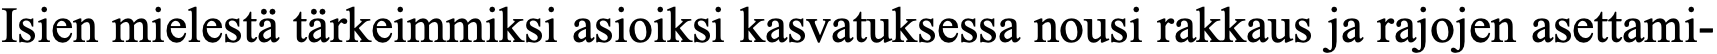
Isien mielestä tärkeimmiksi asioiksi kasvatuksessa nousi rakkaus ja rajojen asettami-